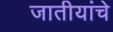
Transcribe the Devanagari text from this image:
जातीयांचे